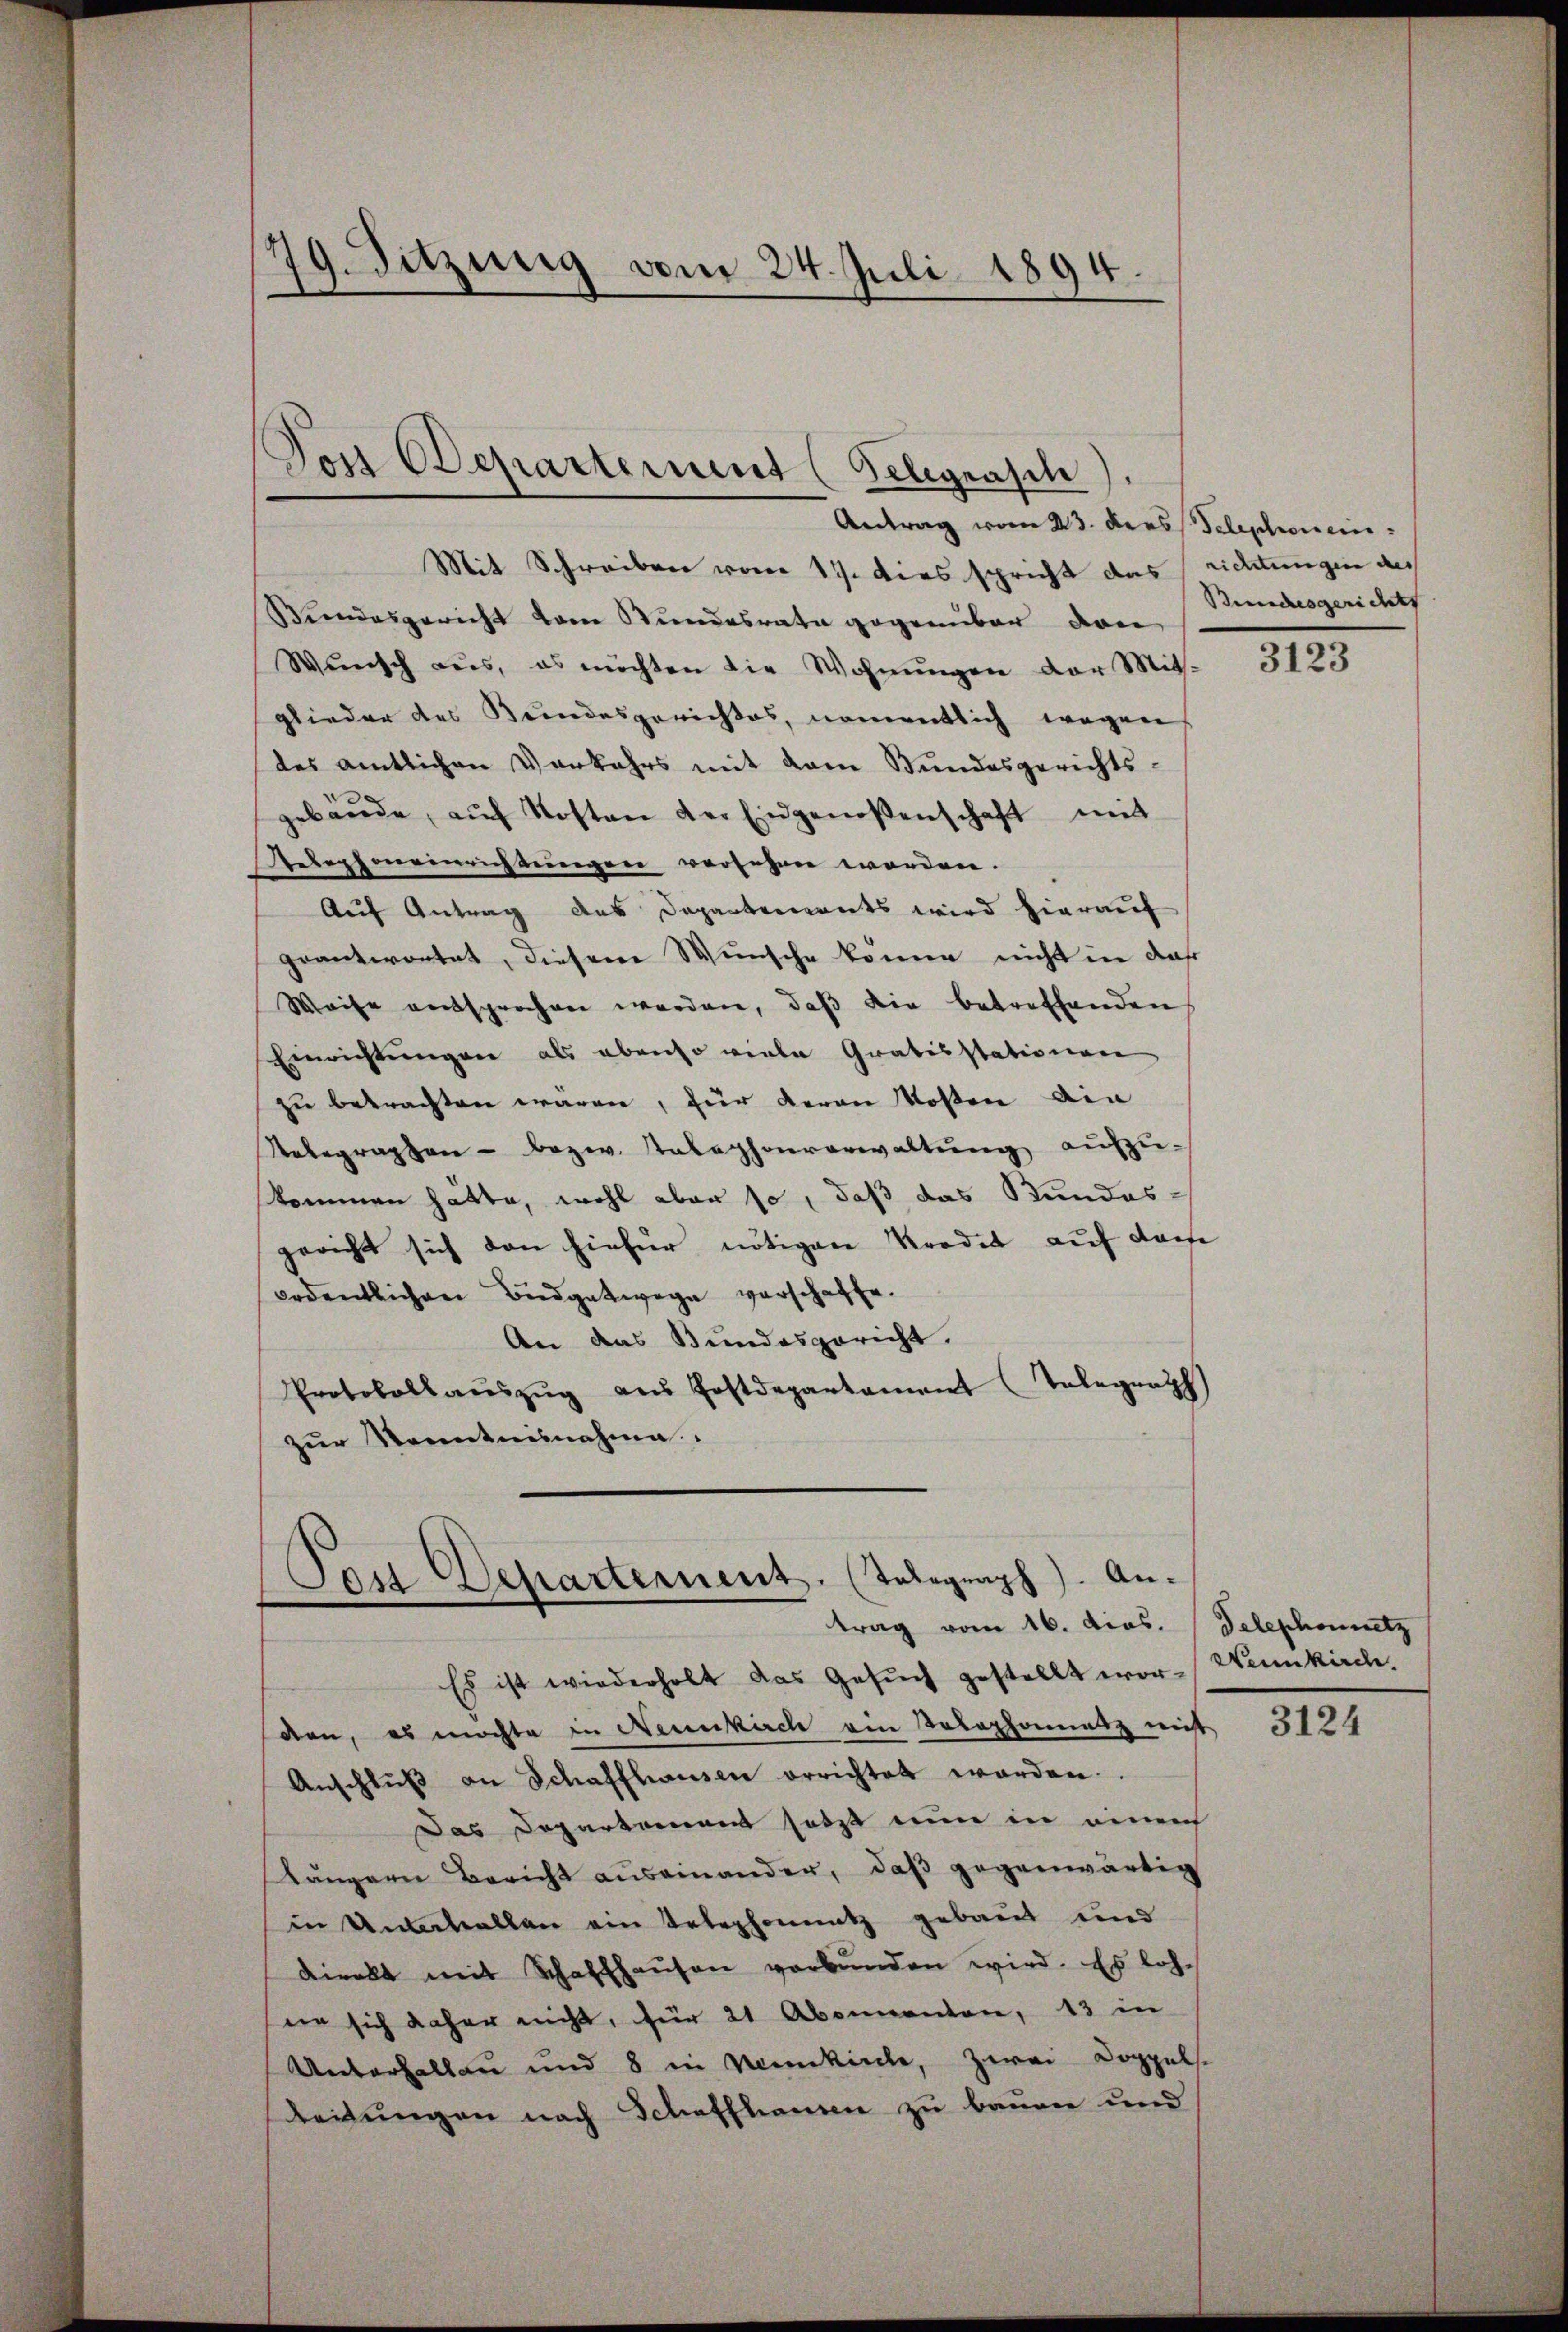
9. Sitzung vom 24. Juli 1894.
e

Mit Schreiben vom 17. dies spricht das
Bundesgericht vom Bundesrate gegenüber den
Wŭnsch aŭs, es möchten die Wohnŭngen der Mit-
glieder des Kundesgerichtes, namentlich wegen
des amtlichen Verkehrs mit dem Bundesgerichts-
gebäŭde, aŭf Kosten der Eingenoßenschaft mit
Relephoneinrichtungen versehnen worden.
Auf Antrag des Departements wird hierauf
geantwortet, diesen Wunsche können nicht in das
Weise entsprochen werden, daß die betreffenden
Einrichtungen als ebenso viele Grabisstationen
zu betrachten waren, für deren Kosten den
Relegraphen - bezw. Telephonverwaltung aufzu-
kommen hätte, wohl aber so, daß das Bundes-
gericht sich den hiefür nötiger Krodet auf dem
ordentlichen Budgetwege verschaffe.
An das Bundesgericht.
Protokollaŭszŭg aŭs Postdepartament Telegraph
zŭr Kenntnisnahme.

Don Departement (Telegrasch
Antrag vom 23. ders Telephonen

Cost Departement. (Telegraph). An-
.
trag vom 16. dios. Telephonnetz

ridungen des
Bundesgerichts

Es ist wiederholt das Gesuch gestellt worden, es möchte in Neunkirch ein Telephonatz mit
Anschlŭβ an Schaffhausen errichtet worden.
Das Departement setzt nun in eine
längern Bericht auseinander, daβ gegenwärtig
in Unterhallen ein Telephonnatz gebaut und
direkt mit Schaffhaŭsen verbŭnden wird. Es loher sich daher nicht, für 21 Abonnenten, 13 in
Unterhalten und 8 in Nankirche, zwei Doppels.
leitungen nach Schaffhausen zu bauen und

3123

Neunkirche.

3124